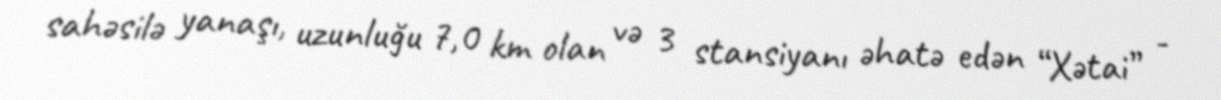
sahəsilə yanaşı, uzunluğu 7,0 km olan və 3 stansiyanı əhatə edən “Xətai” -